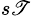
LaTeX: ^{s\mathscr{T}}